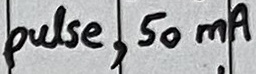
Text: pulse, 50mA